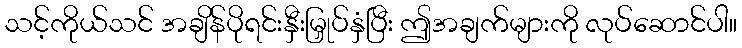
သင့်ကိုယ်သင် အချိန်ပိုရင်းနှီးမြှုပ်နှံပြီး ဤအချက်များကို လုပ်ဆောင်ပါ။